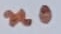
Text: n0